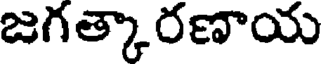
జగత్కారణాయ